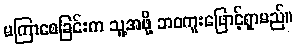
မကြာစေခြင်းက သူ့အဖို့ ဘဝကူးဖြောင့်ရှာမည်။